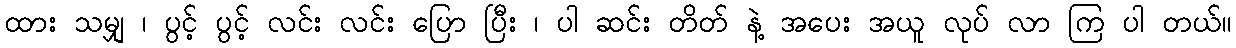
ထား သမျှ ၊ ပွင့် ပွင့် လင်း လင်း ပြော ပြီး ၊ ပါ ဆင်း တိတ် နဲ့ အပေး အယူ လုပ် လာ ကြ ပါ တယ်။